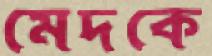
মেদকে